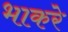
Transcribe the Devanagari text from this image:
भाकरे